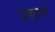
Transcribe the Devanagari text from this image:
उत्पनाचे